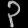
Digit: ၃